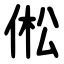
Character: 倯